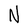
Character: N